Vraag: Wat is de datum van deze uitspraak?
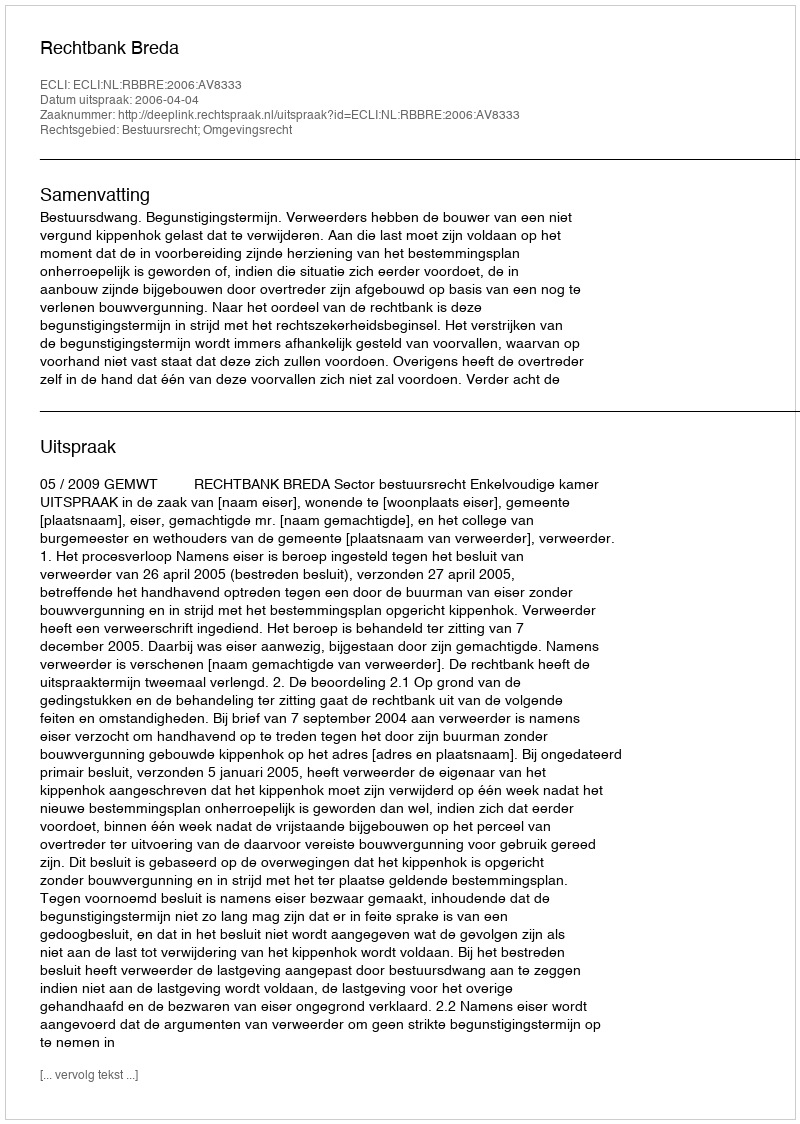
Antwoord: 2006-04-04